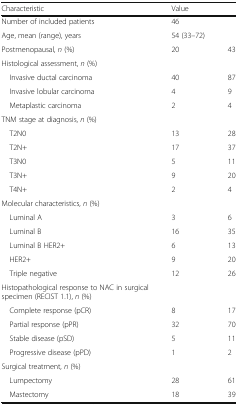
<table><thead><tr><td><b>Characteristic</b></td><td><b>Value</b></td><td></td></tr></thead><tbody><tr><td>Number of included patients</td><td>46</td><td></td></tr><tr><td>Age, mean (range), years</td><td>54 (33–72)</td><td></td></tr><tr><td>Postmenopausal, <i>n</i> (%)</td><td>20</td><td>43</td></tr><tr><td colspan="3">Histological assessment, <i>n</i> (%)</td></tr><tr><td> Invasive ductal carcinoma</td><td>40</td><td>87</td></tr><tr><td> Invasive lobular carcinoma</td><td>4</td><td>9</td></tr><tr><td> Metaplastic carcinoma</td><td>2</td><td>4</td></tr><tr><td colspan="3">TNM stage at diagnosis, <i>n</i> (%)</td></tr><tr><td> T2N0</td><td>13</td><td>28</td></tr><tr><td> T2N+</td><td>17</td><td>37</td></tr><tr><td> T3N0</td><td>5</td><td>11</td></tr><tr><td> T3N+</td><td>9</td><td>20</td></tr><tr><td> T4N+</td><td>2</td><td>4</td></tr><tr><td colspan="3">Molecular characteristics, <i>n</i> (%)</td></tr><tr><td> Luminal A</td><td>3</td><td>6</td></tr><tr><td> Luminal B</td><td>16</td><td>35</td></tr><tr><td> Luminal B HER2+</td><td>6</td><td>13</td></tr><tr><td> HER2+</td><td>9</td><td>20</td></tr><tr><td> Triple negative</td><td>12</td><td>26</td></tr><tr><td>Histopathological response to NAC in surgical specimen (RECIST 1.1), <i>n</i> (%)</td><td></td><td></td></tr><tr><td> Complete response (pCR)</td><td>8</td><td>17</td></tr><tr><td> Partial response (pPR)</td><td>32</td><td>70</td></tr><tr><td> Stable disease (pSD)</td><td>5</td><td>11</td></tr><tr><td> Progressive disease (pPD)</td><td>1</td><td>2</td></tr><tr><td colspan="3">Surgical treatment, <i>n</i> (%)</td></tr><tr><td> Lumpectomy</td><td>28</td><td>61</td></tr><tr><td> Mastectomy</td><td>18</td><td>39</td></tr></tbody></table>